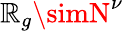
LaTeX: \mathbb{R}_{g}\simN^{\nu}